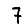
Digit: 7